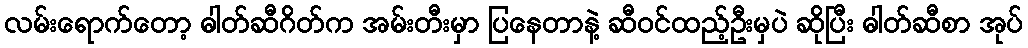
လမ်းရောက်တော့ ဓါတ်ဆီဂိတ်က အမ်းတီးမှာ ပြနေတာနဲ့ ဆီဝင်ထည့်ဦးမှပဲ ဆိုပြီး ဓါတ်ဆီစာ အုပ်